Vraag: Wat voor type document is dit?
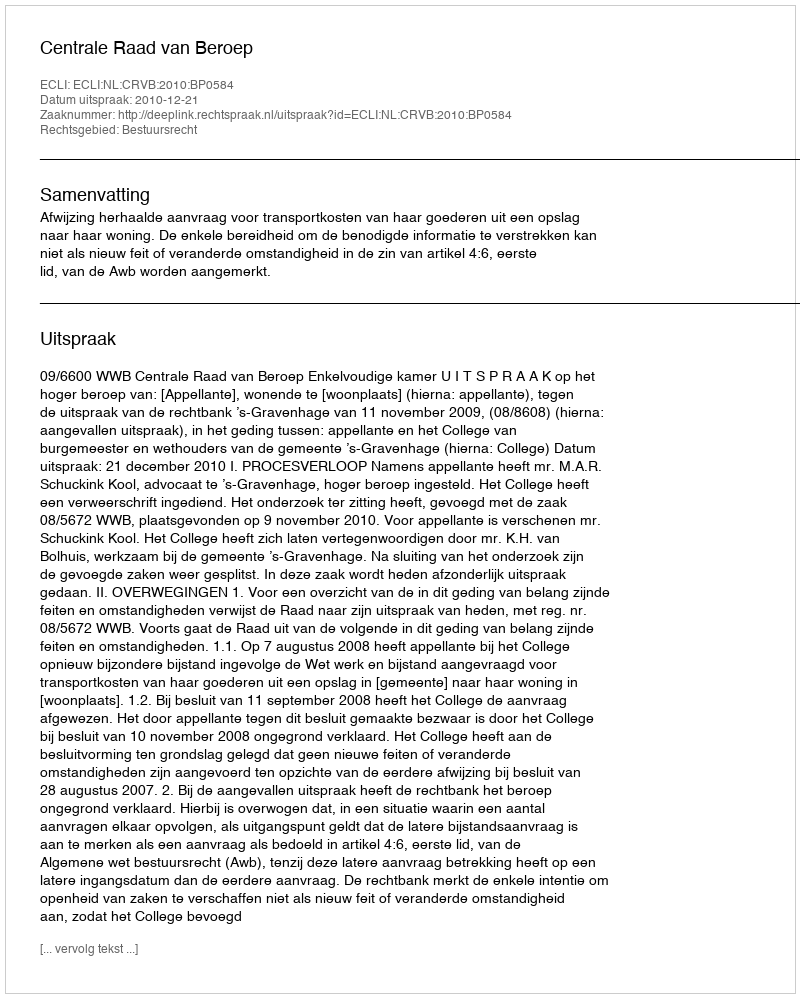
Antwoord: Uitspraak